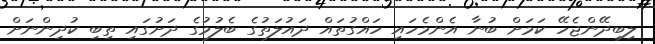
ލިބިދޭންޖެހޭ ކަމަށް ބުނާ އެންމެހައި ހައްގުތައް ދައުލަތުގެ ބެލުމުގެ ދަށުގައި ތިބި ކުދިންނަށް